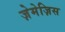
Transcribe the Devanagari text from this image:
ज़ेमेज़िस